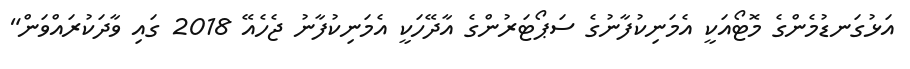
އަޅުގަނޑުމެންގެ މޮޓޯއަކީ އެމަނިކުފާނުގެ ސަޕޯޓަރުންގެ އާދޭހަކީ އެމަނިކުފާނު ޖެހެއޭ 2018 ގައި ވާދަކުރައްވަން"